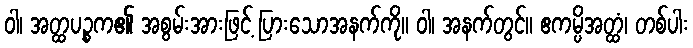
ဝါ၊ အတ္ထပဉ္စက၏ အစွမ်းအားဖြင့် ပြားသောအနက်ကို။ ဝါ၊ အနက်တွင်။ ဧကမ္ပိအတ္ထံ၊ တစ်ပါး